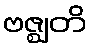
ဗဇ္ဈတိ